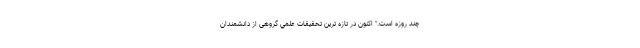
چند روزه است." اكنون در تازه ترين تحقيقات علمي گروهی از دانشمندان